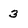
Character: 3